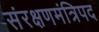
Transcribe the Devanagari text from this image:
संरक्षणमंत्रिपद